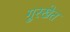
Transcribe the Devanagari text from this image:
गुरखेत